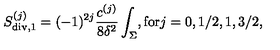
S _ { \mathrm { d i v } , 1 } ^ { ( j ) } = ( - 1 ) ^ { 2 j } { \frac { c ^ { ( j ) } } { 8 \delta ^ { 2 } } } \int _ { \Sigma } , \mathrm { f o r } j = 0 , 1 / 2 , 1 , 3 / 2 ,